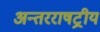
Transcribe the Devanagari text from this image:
अन्तरराषट्रीय